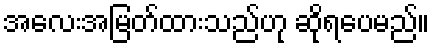
အလေးအမြတ်ထားသည်ဟု ဆိုရပေမည်။